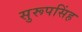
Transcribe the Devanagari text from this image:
सुरूपसिंह